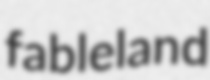
fableland